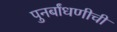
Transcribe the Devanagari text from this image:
पुनर्बांधणीची